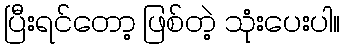
ပြီးရင်တော့ ဖြစ်တဲ့ သုံးပေးပါ။